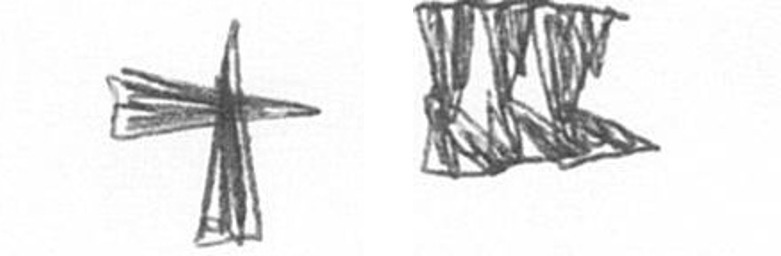
G D